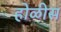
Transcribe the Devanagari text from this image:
होळीस